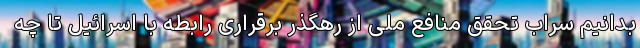
بدانیم سراب تحقق منافع ملی از رهگذر برقراری رابطه با اسرائیل تا چه